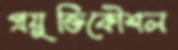
প্রযুক্তিকৌশল